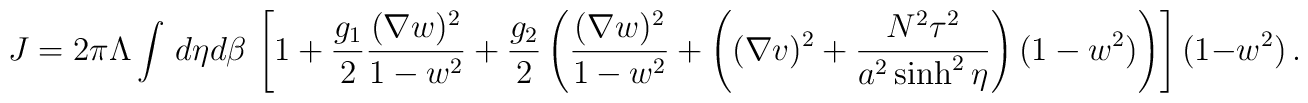
J = 2\pi\Lambda \int \, d \eta d\beta\,\left[ 1 + \frac{g_1}{2}\frac{(\nabla w)^2}{1- w^2} + \frac{g_2}{2} \left(\frac{(\nabla w)^2}{1- w^2} + \left((\nabla v)^2+\frac{N^2\tau^2}{a^2\sinh^2\eta}\right)(1-w^2)\right)\right](1-w^2)\,.